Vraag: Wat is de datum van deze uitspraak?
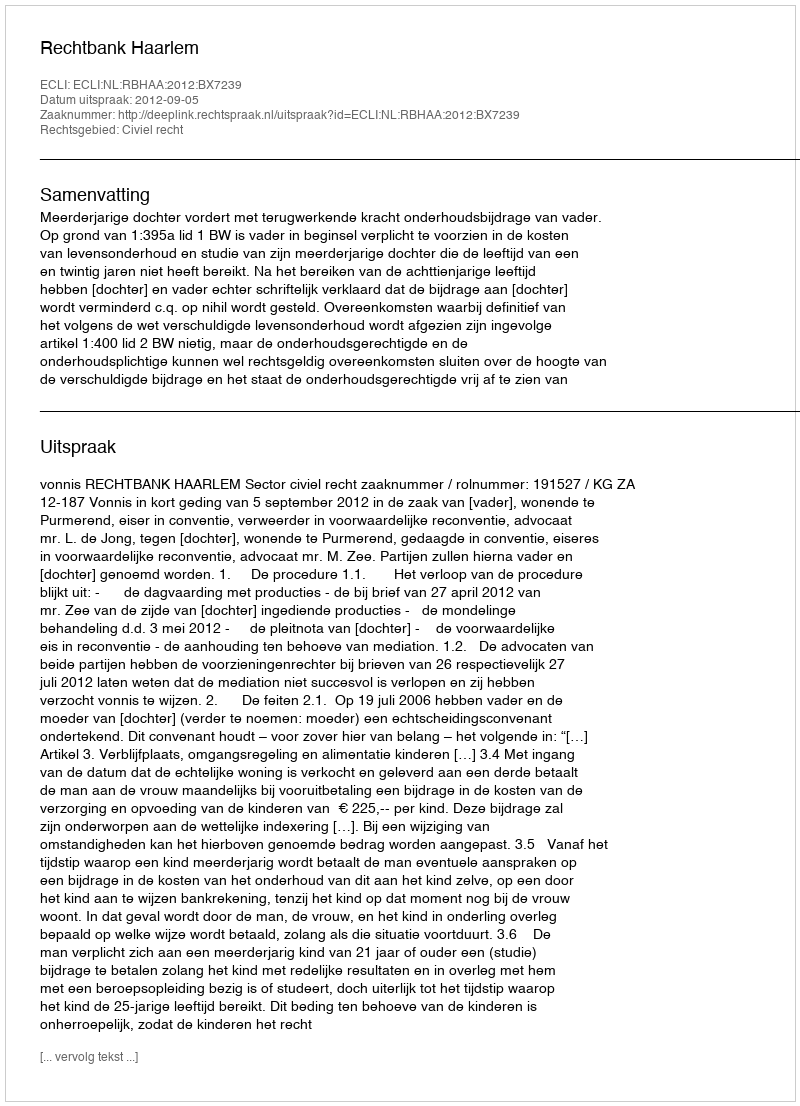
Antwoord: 2012-09-05